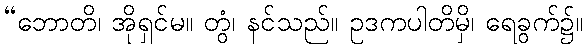
“ဘောတိ၊ အိုရှင်မ။ တွံ၊ နင်သည်။ ဥဒကပါတိမှိ၊ ရေခွက်၌။